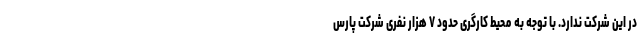
در این شرکت ندارد. با توجه به محیط کارگری حدود ۷ هزار نفری شرکت پارس